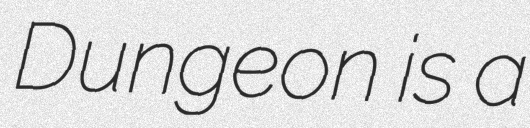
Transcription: Dungeon is a